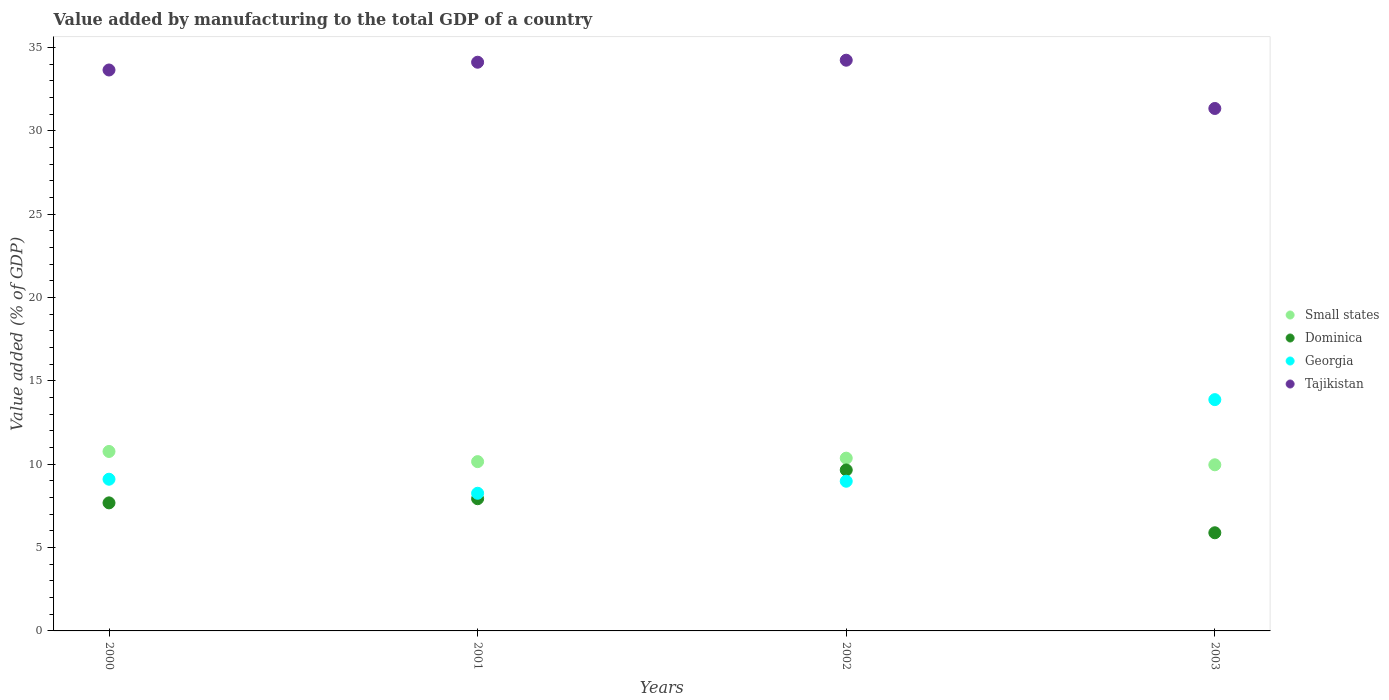
| Years | Small states | Dominica | Georgia | Tajikistan |
 | --- | --- | --- | --- | --- |
 | 2000 | 10.8 | 7.68 | 9.1 | 33.7 |
 | 2001 | 10.2 | 7.93 | 8.26 | 34.1 |
 | 2002 | 10.4 | 9.66 | 8.98 | 34.2 |
 | 2003 | 9.97 | 5.89 | 13.9 | 31.3 |